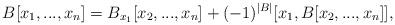
LaTeX: \begin{align*}B[x_{1},...,x_{n}]=B_{x_{1}}[x_{2},...,x_{n}]+(-1)^{|B|}[x_{1},B[x_{2},...,x_{n}]],\end{align*}